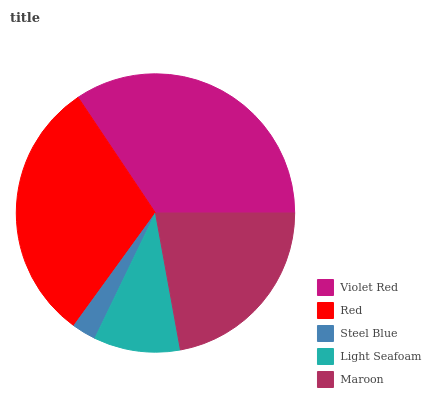
| Violet Red | Red | Steel Blue | Light Seafoam | Maroon |
 | --- | --- | --- | --- | --- |
 | 34.4% | 30.6% | 2.82% | 10.1% | 22.1% |